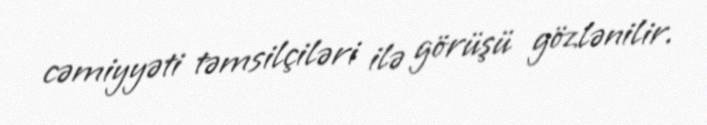
cəmiyyəti təmsilçiləri ilə görüşü gözlənilir.